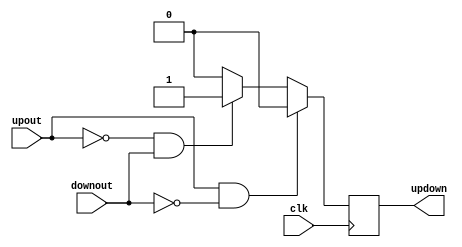
`timescale 1ns / 1ps
//////////////////////////////////////////////////////////////////////////////////
// Company: 
// Engineer: 
// 
// Design Name: 
// Module Name: assigupdown
// Project Name: 
// Target Devices: 
// Tool Versions: 
// Description: 
// 
// Dependencies: 
// 
// Revision:
// Revision 0.01 - File Created
// Additional Comments:
// 
//////////////////////////////////////////////////////////////////////////////////


module assigupdown( input clk, upout,downout, output reg updown);
always @ (posedge clk) begin
if (upout ==1'b1 && downout ==1'b0)
begin updown=1'b0; end
else if (upout ==1'b0&& downout ==1'b1)
begin  updown=1'b1; end
else updown=1'b0;
end
endmodule